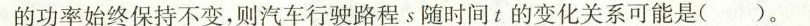
的功率始终保持不变，则汽车行驶路程s随时间t的变化关系可能是()。